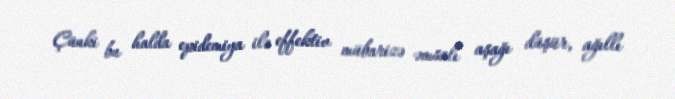
Çünki bu halda epidemiya ilə effektiv mübarizə əmsalı aşağı düşür, ağıllı